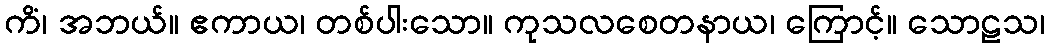
ကိံ၊ အဘယ်။ ဧကာယ၊ တစ်ပါးသော။ ကုသလစေတနာယ၊ ကြောင့်။ သောဠသ၊